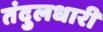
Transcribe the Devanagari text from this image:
तंदुलधारी